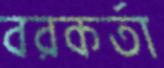
বরকর্তা